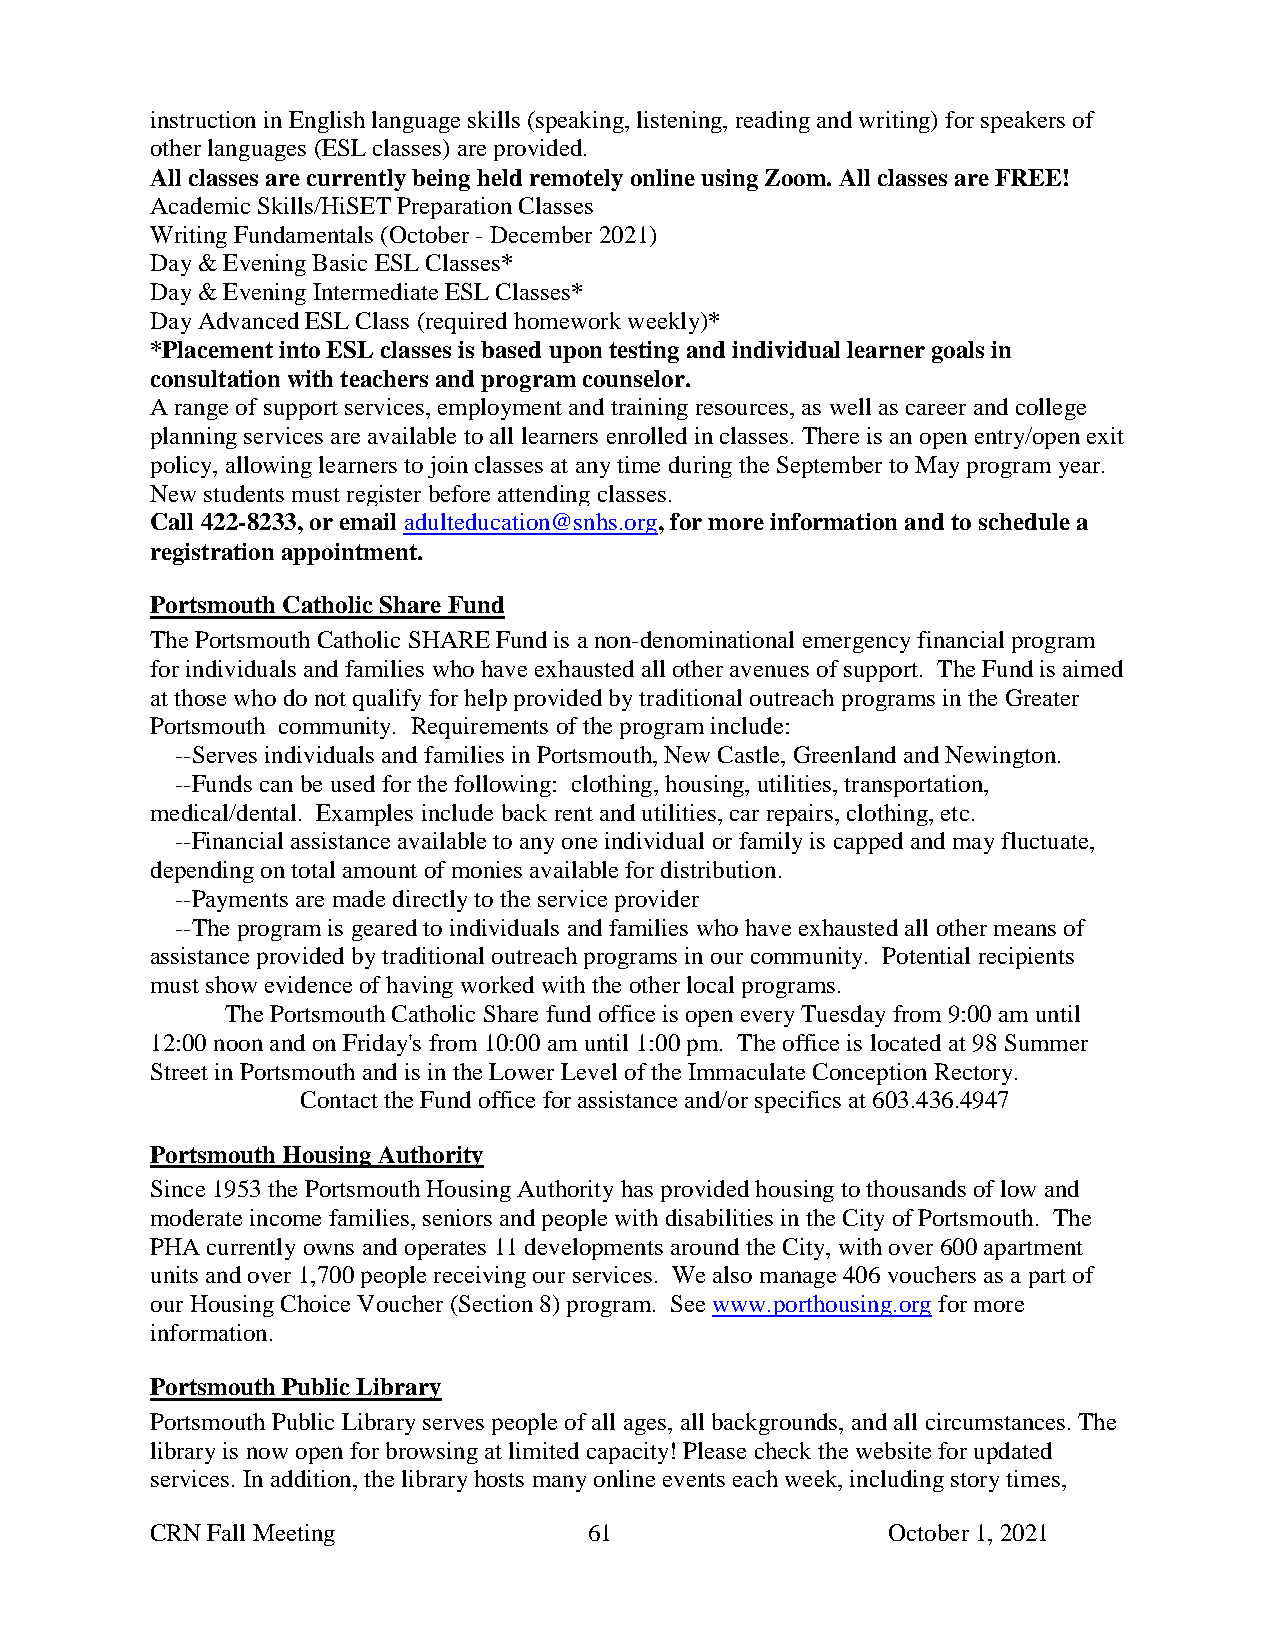
instruction in English language skills (speaking, listening, reading and writing) for speakers of
 other languages (ESL classes) are provided.
 All classes are currently being held remotely online using Zoom. All classes are FREE!
 Academic Skills/HiSET Preparation Classes
 Writing Fundamentals (October - December 2021)
 Day & Evening Basic ESL Classes*
 Day & Evening Intermediate ESL Classes*
 Day Advanced ESL Class (required homework weekly)*
 *Placement into ESL classes is based upon testing and individual learner goals in
 consultation with teachers and program counselor.
 A range of support services, employment and training resources, as well as career and college
 planning services are available to all learners enrolled in classes. There is an open entry/open exit
 policy, allowing learners to join classes at any time during the September to May program year.
 New students must register before attending classes.
 Call 422-8233, or email adulteducation@snhs.org, for more information and to schedule a
 registration appointment.
 Portsmouth Catholic Share Fund
 The Portsmouth Catholic SHARE Fund is a non-denominational emergency financial program
 for individuals and families who have exhausted all other avenues of support. The Fund is aimed
 at those who do not qualify for help provided by traditional outreach programs in the Greater
 Portsmouth community. Requirements of the program include:
 --Serves individuals and families in Portsmouth, New Castle, Greenland and Newington.
 --Funds can be used for the following: clothing, housing, utilities, transportation,
 medical/dental. Examples include back rent and utilities, car repairs, clothing, etc.
 --Financial assistance available to any one individual or family is capped and may fluctuate,
 depending on total amount of monies available for distribution.
 --Payments are made directly to the service provider
 --The program is geared to individuals and families who have exhausted all other means of
 assistance provided by traditional outreach programs in our community. Potential recipients
 must show evidence of having worked with the other local programs.
 The Portsmouth Catholic Share fund office is open every Tuesday from 9:00 am until
 12:00 noon and on Friday's from 10:00 am until 1:00 pm. The office is located at 98 Summer
 Street in Portsmouth and is in the Lower Level of the Immaculate Conception Rectory.
 Contact the Fund office for assistance and/or specifics at 603.436.4947
 Portsmouth Housing Authority
 Since 1953 the Portsmouth Housing Authority has provided housing to thousands of low and
 moderate income families, seniors and people with disabilities in the City of Portsmouth. The
 PHA currently owns and operates 11 developments around the City, with over 600 apartment
 units and over 1,700 people receiving our services. We also manage 406 vouchers as a part of
 our Housing Choice Voucher (Section 8) program. See www.porthousing.org for more
 information.
 Portsmouth Public Library
 Portsmouth Public Library serves people of all ages, all backgrounds, and all circumstances. The
 library is now open for browsing at limited capacity! Please check the website for updated
 services. In addition, the library hosts many online events each week, including story times,
 CRN Fall Meeting             61                  October 1, 2021